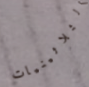
الثلاثينيات